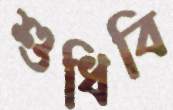
শুধিবি